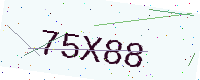
Text: 75X88